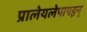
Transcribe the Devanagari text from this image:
प्रालेयलेपापहृन्